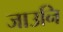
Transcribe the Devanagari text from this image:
जाउनि